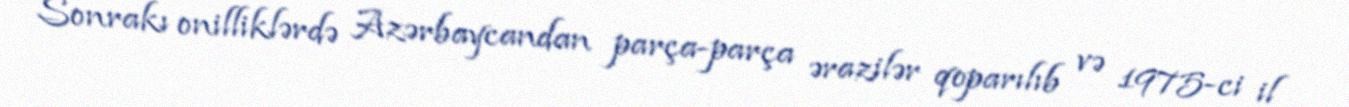
Sonrakı onilliklərdə Azərbaycandan parça-parça ərazilər qoparılıb və 1975-ci il